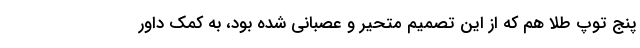
پنج توپ طلا هم که از این تصمیم متحیر و عصبانی شده بود، به کمک داور